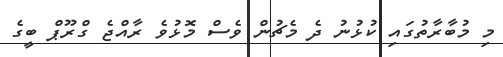
މި މުބާރާތުގައި ކުޅުނު ދެ މެޗުން ވެސް މޮޅުވެ ރާއްޖެ ގްރޫޕް ބީގެ